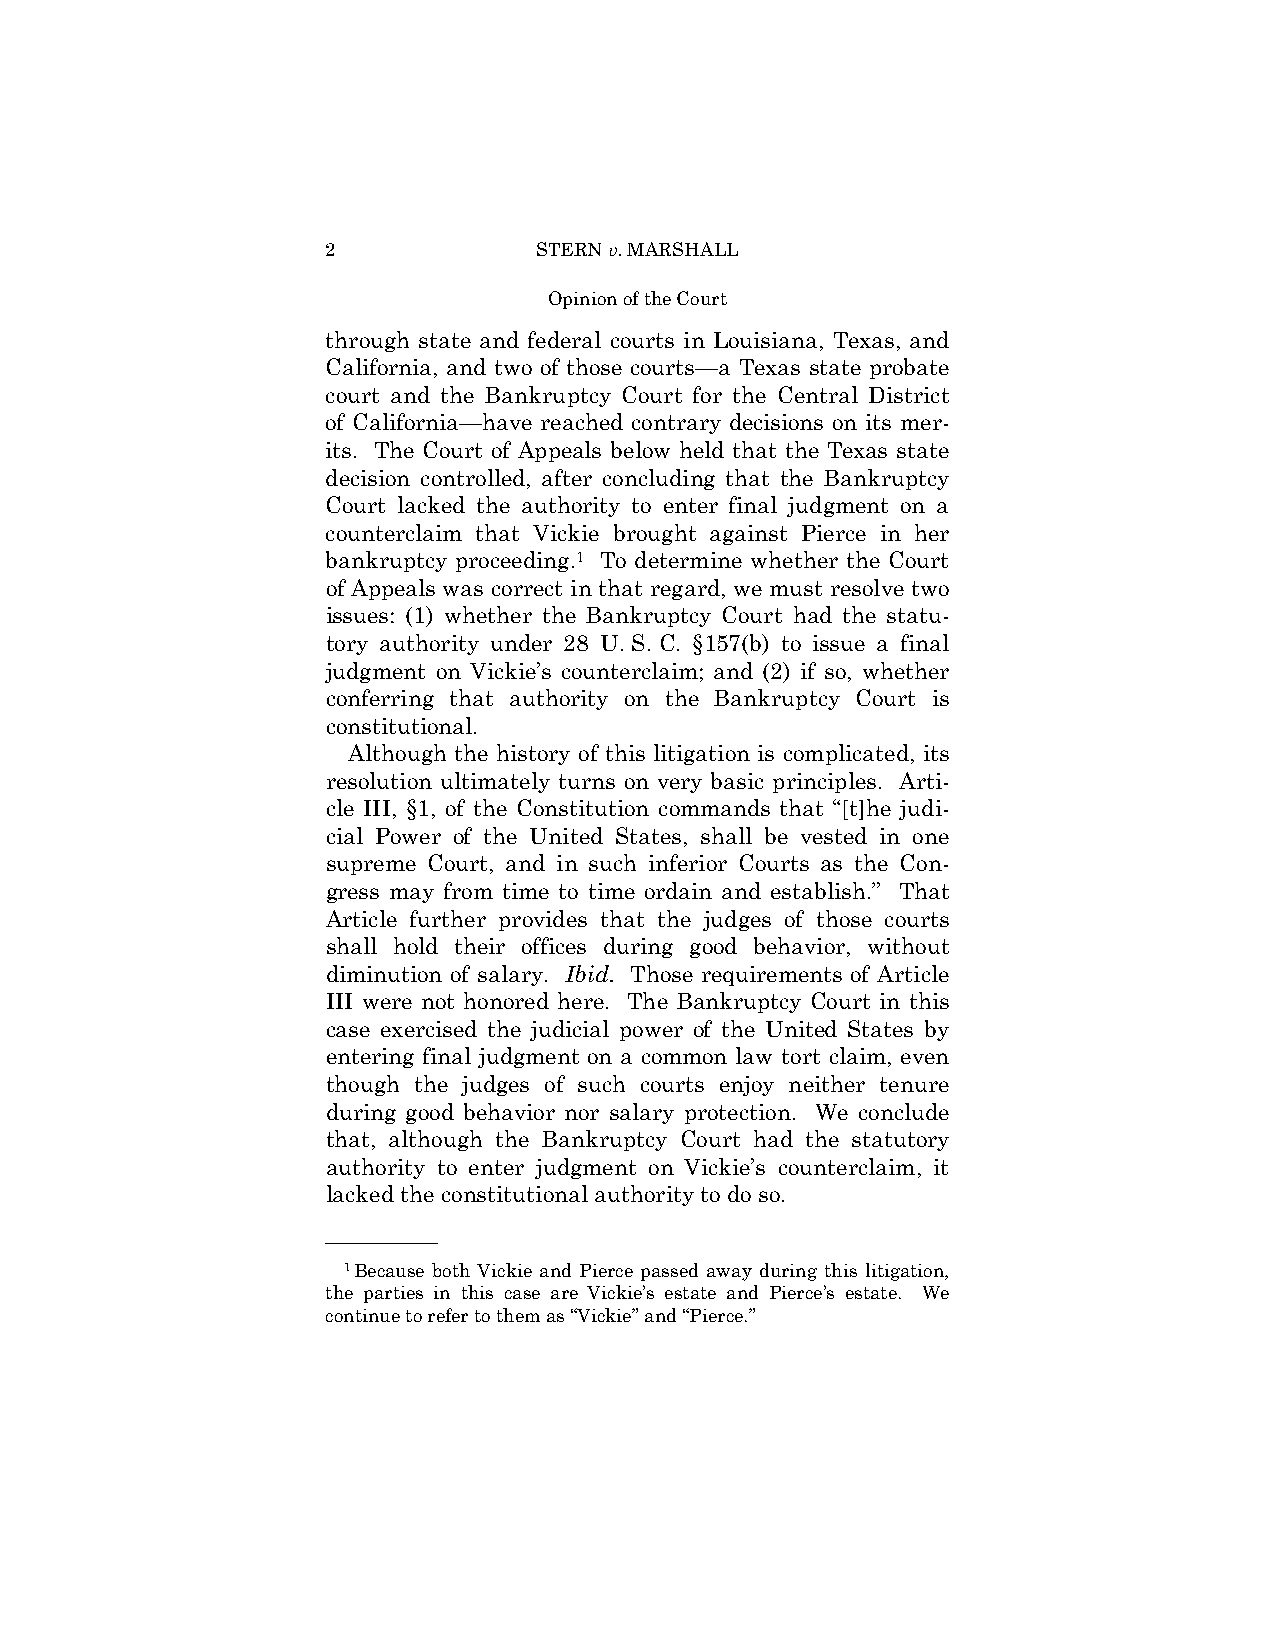
2             STERN v. MARSHALL
 Opinion of the Court
 through state and federal courts in Louisiana, Texas, and
 California, and two of those courts—a Texas state probate
 court and the Bankruptcy Court for the Central District
 of California—have reached contrary decisions on its mer­
 its. The Court of Appeals below held that the Texas state
 decision controlled, after concluding that the Bankruptcy
 Court lacked the authority to enter final judgment on a
 counterclaim that Vickie brought against Pierce in her
 bankruptcy proceeding.1 To determine whether the Court
 of Appeals was correct in that regard, we must resolve two
 issues: (1) whether the Bankruptcy Court had the statu­
 tory authority under 28 U. S. C. §157(b) to issue a final
 judgment on Vickie’s counterclaim; and (2) if so, whether
 conferring that authority on the Bankruptcy Court is
 constitutional.
 Although the history of this litigation is complicated, its
 resolution ultimately turns on very basic principles. Arti­
 cle III, §1, of the Constitution commands that “[t]he judi­
 cial Power of the United States, shall be vested in one
 supreme Court, and in such inferior Courts as the Con­
 gress may from time to time ordain and establish.” That
 Article further provides that the judges of those courts
 shall hold their offices during good behavior, without
 diminution of salary. Ibid. Those requirements of Article
 III were not honored here. The Bankruptcy Court in this
 case exercised the judicial power of the United States by
 entering final judgment on a common law tort claim, even
 though the judges of such courts enjoy neither tenure
 during good behavior nor salary protection. We conclude
 that, although the Bankruptcy Court had the statutory
 authority to enter judgment on Vickie’s counterclaim, it
 lacked the constitutional authority to do so.
 ——————
 1Because both Vickie and Pierce passed away during this litigation,
 the parties in this case are Vickie’s estate and Pierce’s estate. We
 continue to refer to them as “Vickie” and “Pierce.”